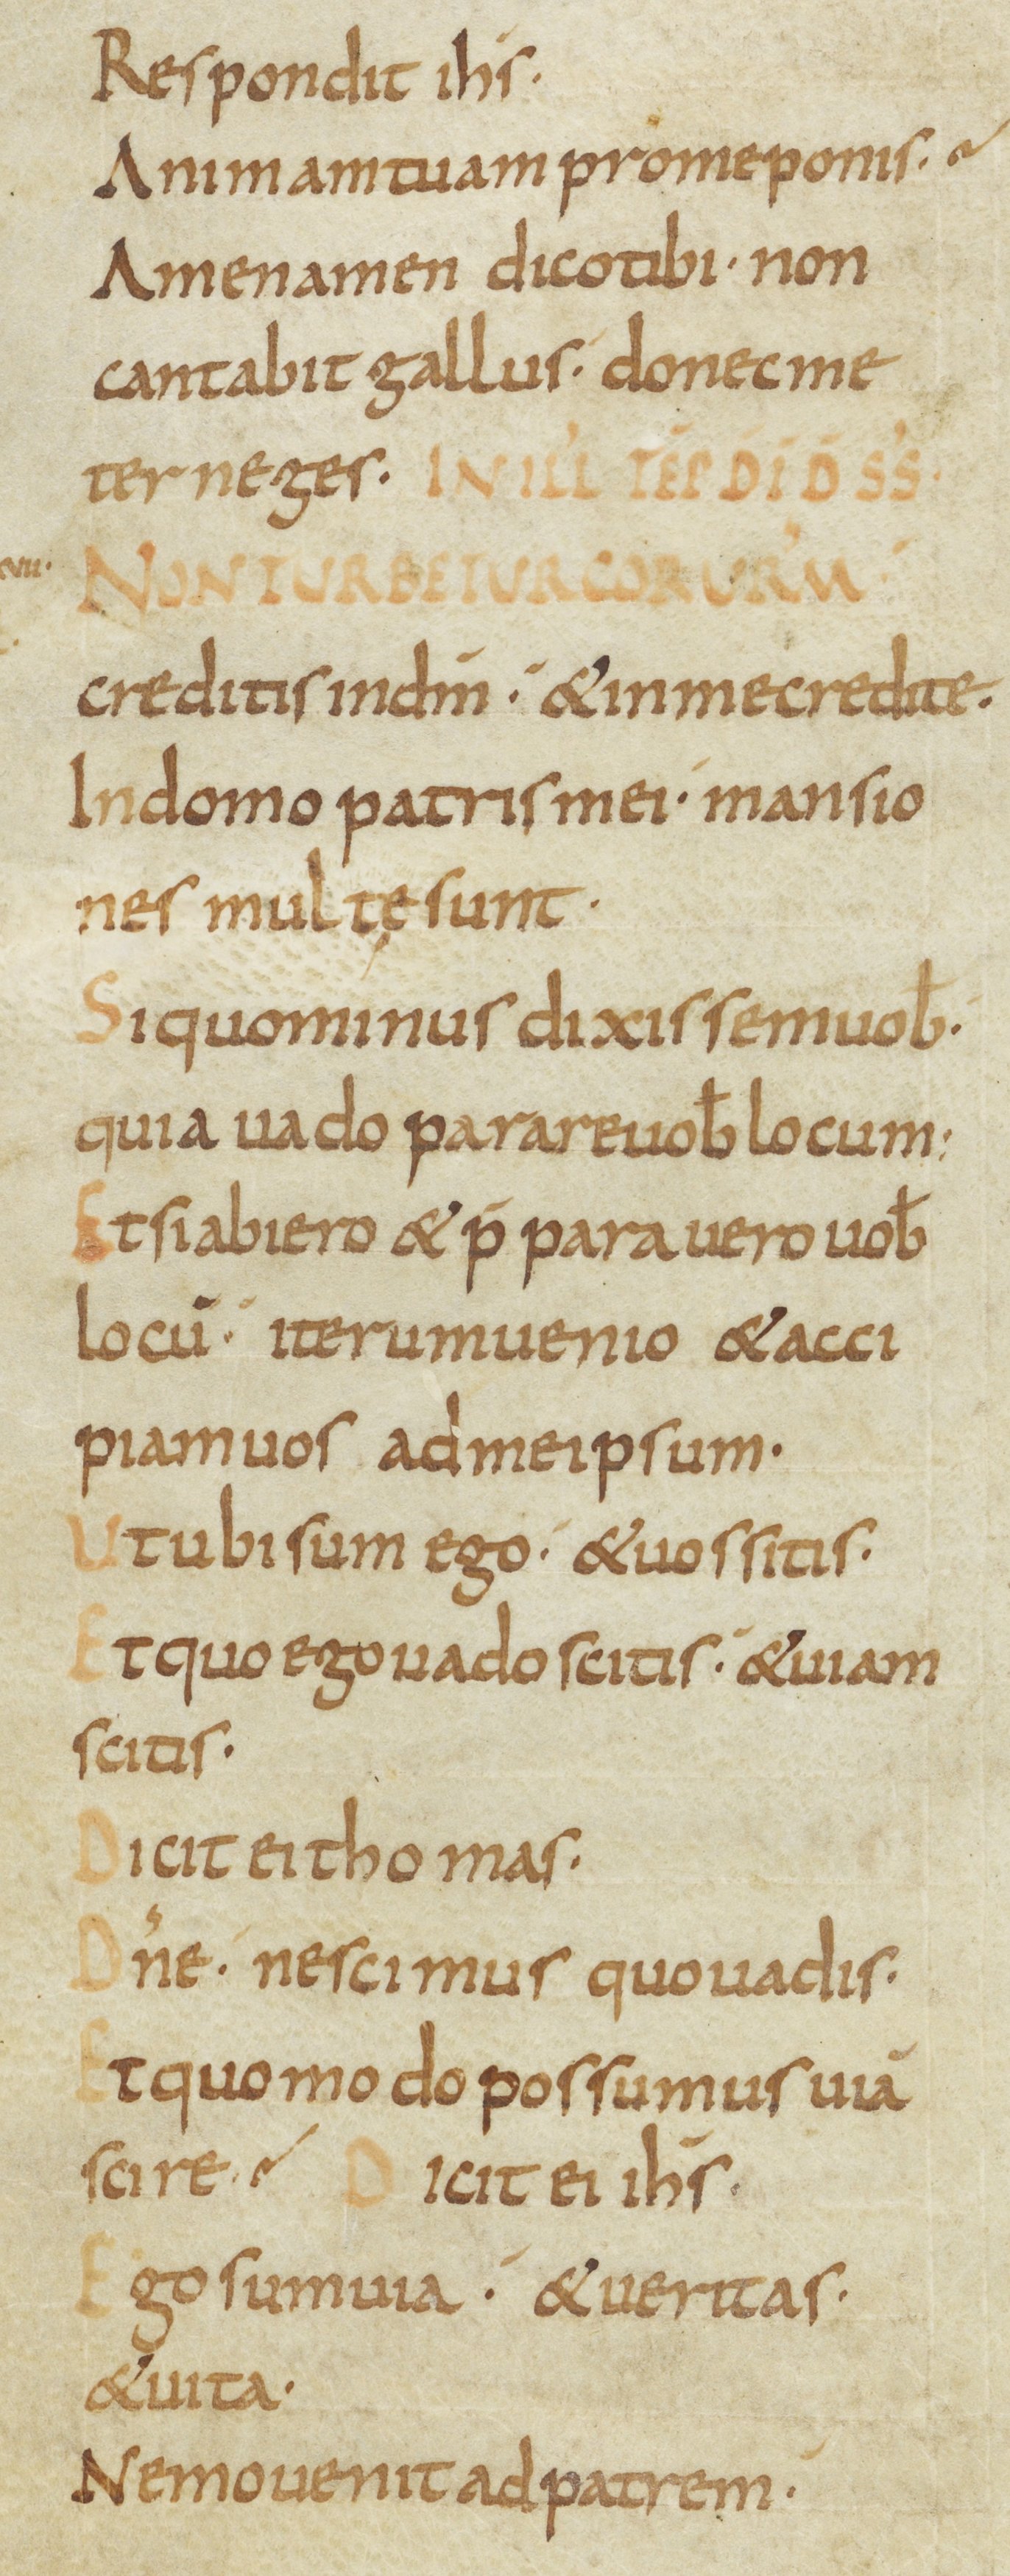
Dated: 800–899